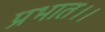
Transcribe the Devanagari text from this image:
प्रभात।।